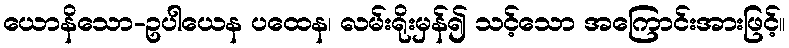
ယောနိသော-ဥပါယေန ပထေန၊ လမ်းရိုးမှန်၍ သင့်သော အကြောင်းအားဖြင့်။